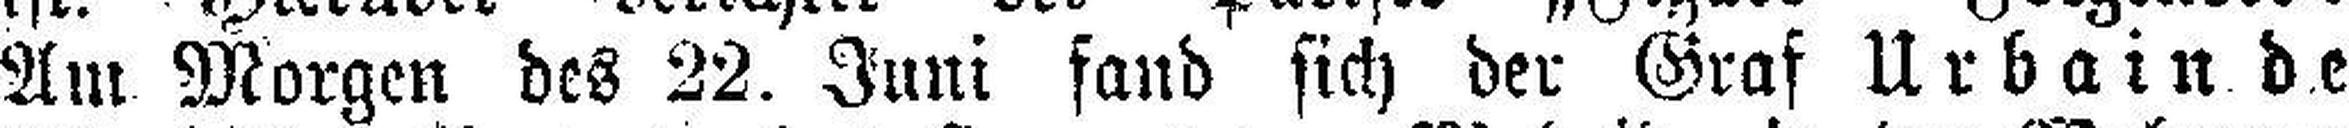
Am Morgen des 22. Juni fand sich der Graf Urbain de